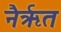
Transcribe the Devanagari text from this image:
नैर्ऋत